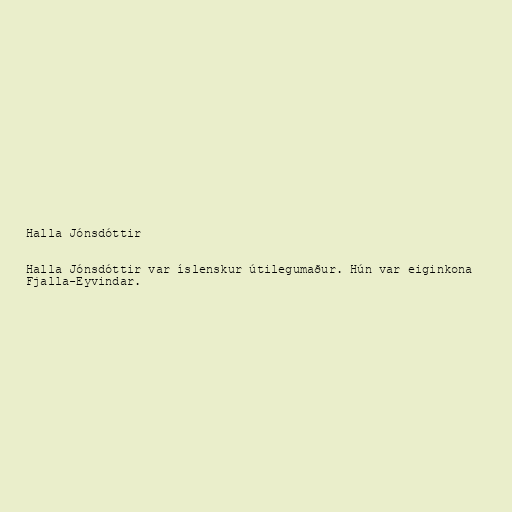
Halla Jónsdóttir

Halla Jónsdóttir var íslenskur útilegumaður. Hún var eiginkona
Fjalla-Eyvindar.